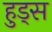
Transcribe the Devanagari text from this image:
हुड्स